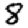
Digit: 8